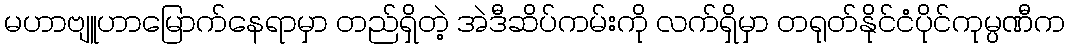
မဟာဗျူဟာမြောက်နေရာမှာ တည်ရှိတဲ့ အဲဒီဆိပ်ကမ်းကို လက်ရှိမှာ တရုတ်နိုင်ငံပိုင်ကုမ္ပဏီက